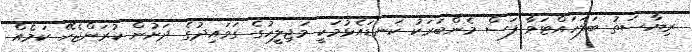
ރިޔާސަތު ބަލަހައްޓަވާ ފަސް މެންބަރަކު ކަނޑައެޅުމަކީ މަޖިލީހުގެ ގަވައިދުގެ ދަށުން ކުރަންޖެހޭ ކަމެއް